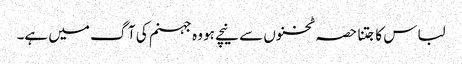
لباس کا جتنا حصہ ٹخنوں سے نیچے ہو وہ جہنم کی آگ میں ہے۔